Leaving Certificate Examination, 1913
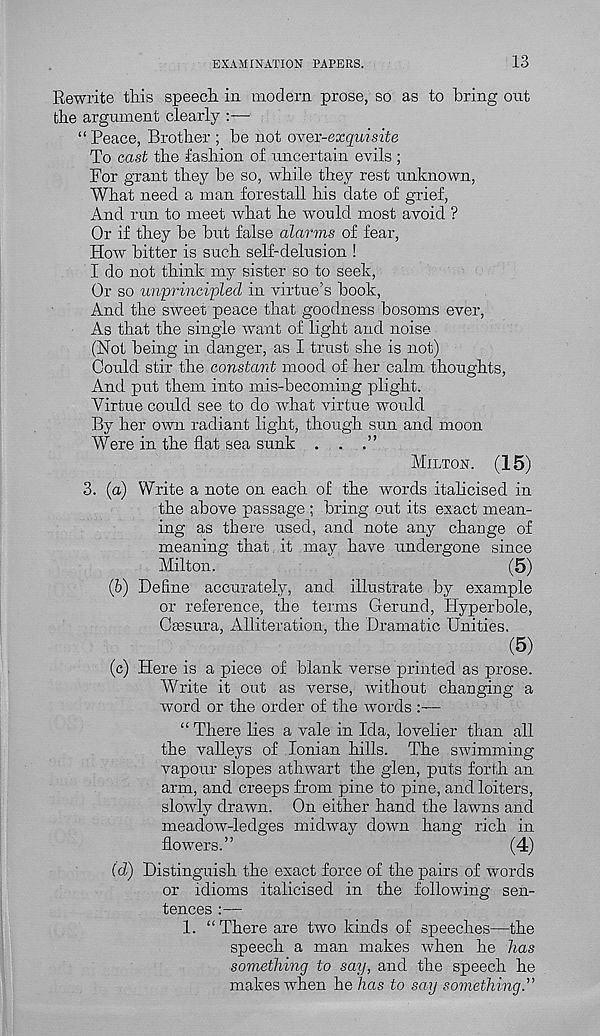
EXAMINATION PAPERS.
13
Rewrite this speech in modern prose, so as to bring out
the argument clearly :—
“ Peace, Brother ; be not over-exquisite
To cast the fashion of uncertain evils ;
For grant they be so, while they rest unknown,
What need a man forestall his date of grief,
And run to meet what he would most avoid ?
Or if they be but false alarms of fear,
How bitter is such self-delusion !
I do not think my sister so to seek,
Or so unprincipled in virtue’s book,
And the sweet peace that goodness bosoms ever,
As that the single want of light and noise
(Not being in danger, as I trust she is not)
Could stir the constant mood of her calm thoughts,
And put them into mis-becoming plight.
Virtue could see to do what virtue would
By her own radiant light, though sun and moon
Were in the flat sea sunk . .
MILTON.
(15)
3. (a) Write a note on each of the words italicised in
the above passage ; bring out its exact mean-
ing as there used, and note any change of
meaning that, it may have undergone since
Milton.
(5)
(b) Define accurately, and illustrate by example
or reference, the terms Gerund, Hyperbole,
Caesura, Alliteration, the Dramatic Unities,
( 5)
(c) Here is a piece of blank verse printed as prose.
Write it out as verse, without changing a
word or the order of the words :—
“ There lies a vale in Ida, lovelier than all
the valleys of Ionian hills. The swimming
vapour slopes athwart the glen, puts forth an
arm, and creeps from pine to pine, and loiters,
slowly drawn. On either hand the lawns and
meadow-ledges midway down hang rich in
flowers.”
(4)
(d) Distinguish the exact force of the pairs of words
or idioms italicised in the following sen-
tences :—
1. “There are two kinds of speeches—the
speech a man makes when he has
something to say, and the speech he
makes when he has to say something.'"